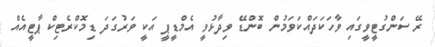
ރޭ ސަންގުޓީވީގައި ވާހަކަދައްކަވަމުން ބޮންޑޭ ވިދާޅުވީ އެމްޑީޕީ އަކީ ވަރުގަދަ ޑިމޮކްރެޓިކް ޕާޓީއެއް